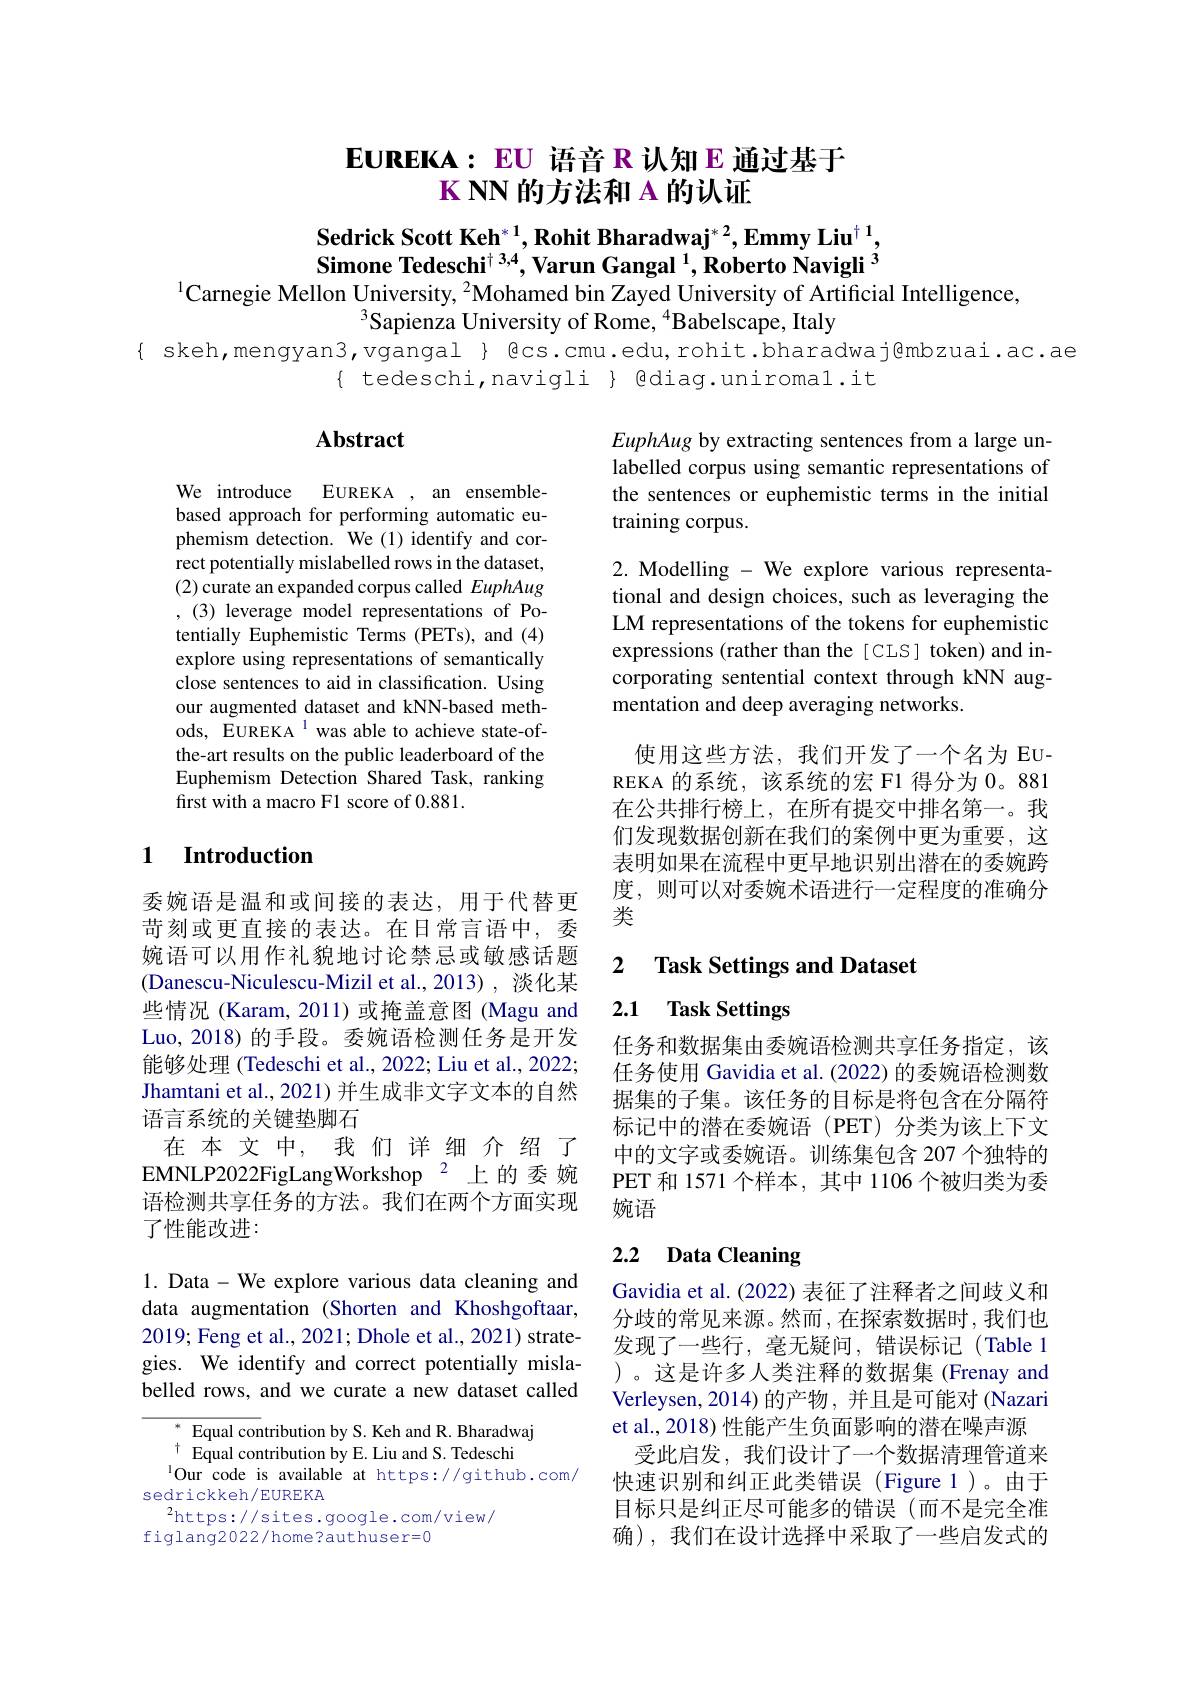
# $EUREKA:EU$语音 R 认知 E 通过基于$\mathbf{K}\mathbf{NN}$的方法和 A 的认证

$\textbf{Sedrick Scott Keh}^{*1},\textbf{Rohit Bharadwaj}^{*2},\textbf{Emmy Liu}^{\dagger}$, Simone Tedeschi$^+3,4$,Varun Gangal $^1,\text{Roberto Navigli}^{3}$
$^{1}$Carnegie Mellon University, $^2$Mohamed bin Zayed University of Artificial Intelligence,

$^{3}$Sapienza University of Rome, $^{4}$Babelscape, Italy
{ skeh,mengyan3,vgangal } @cs.cmu.edu,rohit.bharadwaj@mbzuai.ac.ae
$\{$ tedeschi,navigli $\}$ @diag.uniromal.it

## Abstract

EuphAug by extracting sentences from a large unlabelled corpus using semantic representations of the sentences or euphemistic terms in the initial training corpus.

2. Modelling - We explore various representational and design choices, such as leveraging the LM representations of the tokens for euphemistic expressions (rather than the [CLS] token) and incorporating sentential context through kNN augmentation and deep averaging networks.

We introduce EUREKA , an ensemblebased approach for performing automatic euphemism detection. We (1) identify and correct potentially mislabelled rows in the dataset, (2) curate an expanded corpus called EuphAug ,(3) leverage model representations of Potentially Euphemistic Terms (PETs), and (4) explore using representations of semantically close sentences to aid in classification. Using our augmented dataset and kNN-based methods, EUREKA $^{1}$ was able to achieve state-ofthe-art results on the public leaderboard of the Euphemism Detection Shared Task, ranking first with a macro F1 score of 0.881.

使用这些方法，我们开发了一个名为 EUREKA 的系统，该系统的宏 F1 得分为 0。881在公共排行榜上，在所有提交中排名第一。我们发现数据创新在我们的案例中更为重要，这表明如果在流程中更早地识别出潜在的委婉跨度，则可以对委婉术语进行一定程度的准确分类

## 1 Introduction

### 2 $\textbf{Task Settings and Dataset}$

### 2.1 Task Settings

委婉语是温和或间接的表达，用于代替更苛刻或更直接的表达。在日常言语中，委婉语可以用作礼貌地讨论禁忌或敏感话题(Danescu-Niculescu-Mizil et al.,2013),淡化某些情况 (Karam,2011)或掩盖意图 (Magu and Luo, 2018) 的手段。委婉语检测任务是开发能够处理 (Tedeschi et al., 2022; Liu et al., 2022; Jhamtani et al., 2021) 并生成非文字文本的自然语言系统的关键垫脚石
在本文中，我们详细介绍了EMNLP2022FigLangWorkshop $^{2}$上的 委 婉语检测共享任务的方法。我们在两个方面实现了性能改进：

任务和数据集由委婉语检测共享任务指定，该任务使用 Gavidia et al. (2022) 的委婉语检测数据集的子集。该任务的目标是将包含在分隔符标记中的潜在委婉语(PET)分类为该上下文中的文字或委婉语。训练集包含 207 个独特的PET 和 1571 个样本，其中 1106 个被归类为委婉语

# 2.2 Data Cleaning

1. Data - We explore various data cleaning and data augmentation (Shorten and Khoshgoftaar, 2019; Feng et al., 2021; Dhole et al., 2021) strategies. We identify and correct potentially mislabelled rows, and we curate a new dataset called

Gavidia et al. (2022) 表征了注释者之间歧义和分歧的常见来源。然而，在探索数据时，我们也发现了一些行，毫无疑问，错误标记(Table 1 )。这是许多人类注释的数据集(Frenay and Verleysen, 2014) 的产物 , 并且是可能对 (Nazari et al., 2018) 性能产生负面影响的潜在噪声源
受此启发，我们设计了一个数据清理管道来快速识别和纠正此类错误(Figure 1)。由于目标只是纠正尽可能多的错误(而不是完全准确),我们在设计选择中采取了一些启发式的

Equal contribution by S. Keh and R. Bharadwaj
$^{\dagger}$ Equal contribution by E. Liu and S. Tedeschi
$^{1}$Our code is available at https://github.com/
sedrickkeh/EUREKA
$^{2}$https://sites.google.com/view/
figlang2022/home?authuser=0